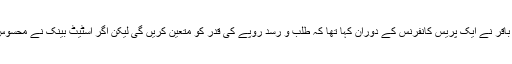
چند روز قبل اسٹیٹ بینک کے گورنر ڈاکٹر رضا باقر نے ایک پریس کانفرنس کے دوران کہا تھا کہ طلب و رسد روپے کی قدر کو متعین کریں گی لیکن اگر اسٹیٹ بینک نے محسوس کیا تو وہ کرنسی مارکیٹ میں مداخلت کرے گا۔